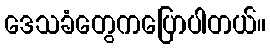
ဒေသခံတွေကပြောပါတယ်။